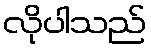
လိုပါသည်